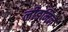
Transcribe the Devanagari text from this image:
लीडमिल